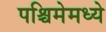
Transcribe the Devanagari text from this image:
पश्चिमेमध्ये